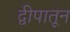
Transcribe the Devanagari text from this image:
द्वीपातून